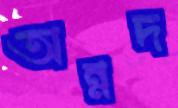
অন্নদ